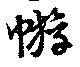
蝣